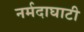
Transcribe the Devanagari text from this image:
नर्मदाघाटी